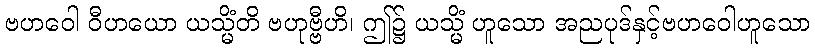
ဗဟဝေါ ဝီဟယော ယသ္မိံတိ ဗဟုဗ္ဗီဟိ၊ ဤ၌ ယသ္မိံ ဟူသော အညပုဒ်နှင့်ဗဟဝေါဟူသော